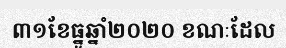
៣១ខែធ្នូឆ្នាំ២០២០ ខណៈដែល